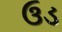
ઉડ